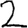
Digit: 2